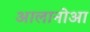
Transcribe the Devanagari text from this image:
आलानोआ